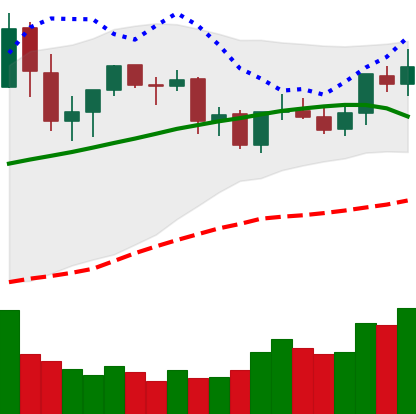
Ticker: ETC-USD
Chart end date: 2021-09-03
Forward return: -16.211%
Label: down_7plus